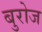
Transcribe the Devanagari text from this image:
बुरोज